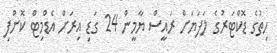
ހިތުގެ ޑޮކްޓަރުގެ ލަފަޔަށް ރައީސް ޔާމީން 24 ގަޑި އިރަށް އެޑްމިޓް ކޮށްފި